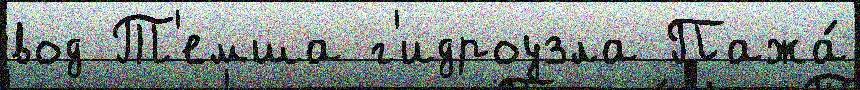
вод Т'емша г'идроузла Пажа́